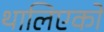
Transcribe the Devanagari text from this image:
थालिएको